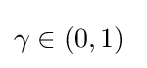
\gamma \in \left(0,1\right)\;